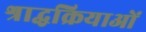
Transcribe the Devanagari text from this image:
श्राद्धक्रियाओं